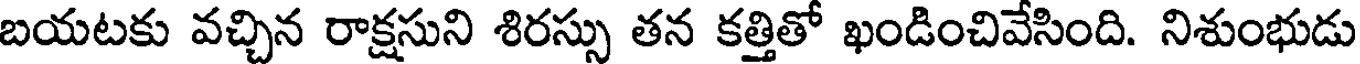
బయటకు వచ్చిన రాక్షసుని శిరస్సు తన కత్తితో ఖండించివేసింది. నిశుంభుడు